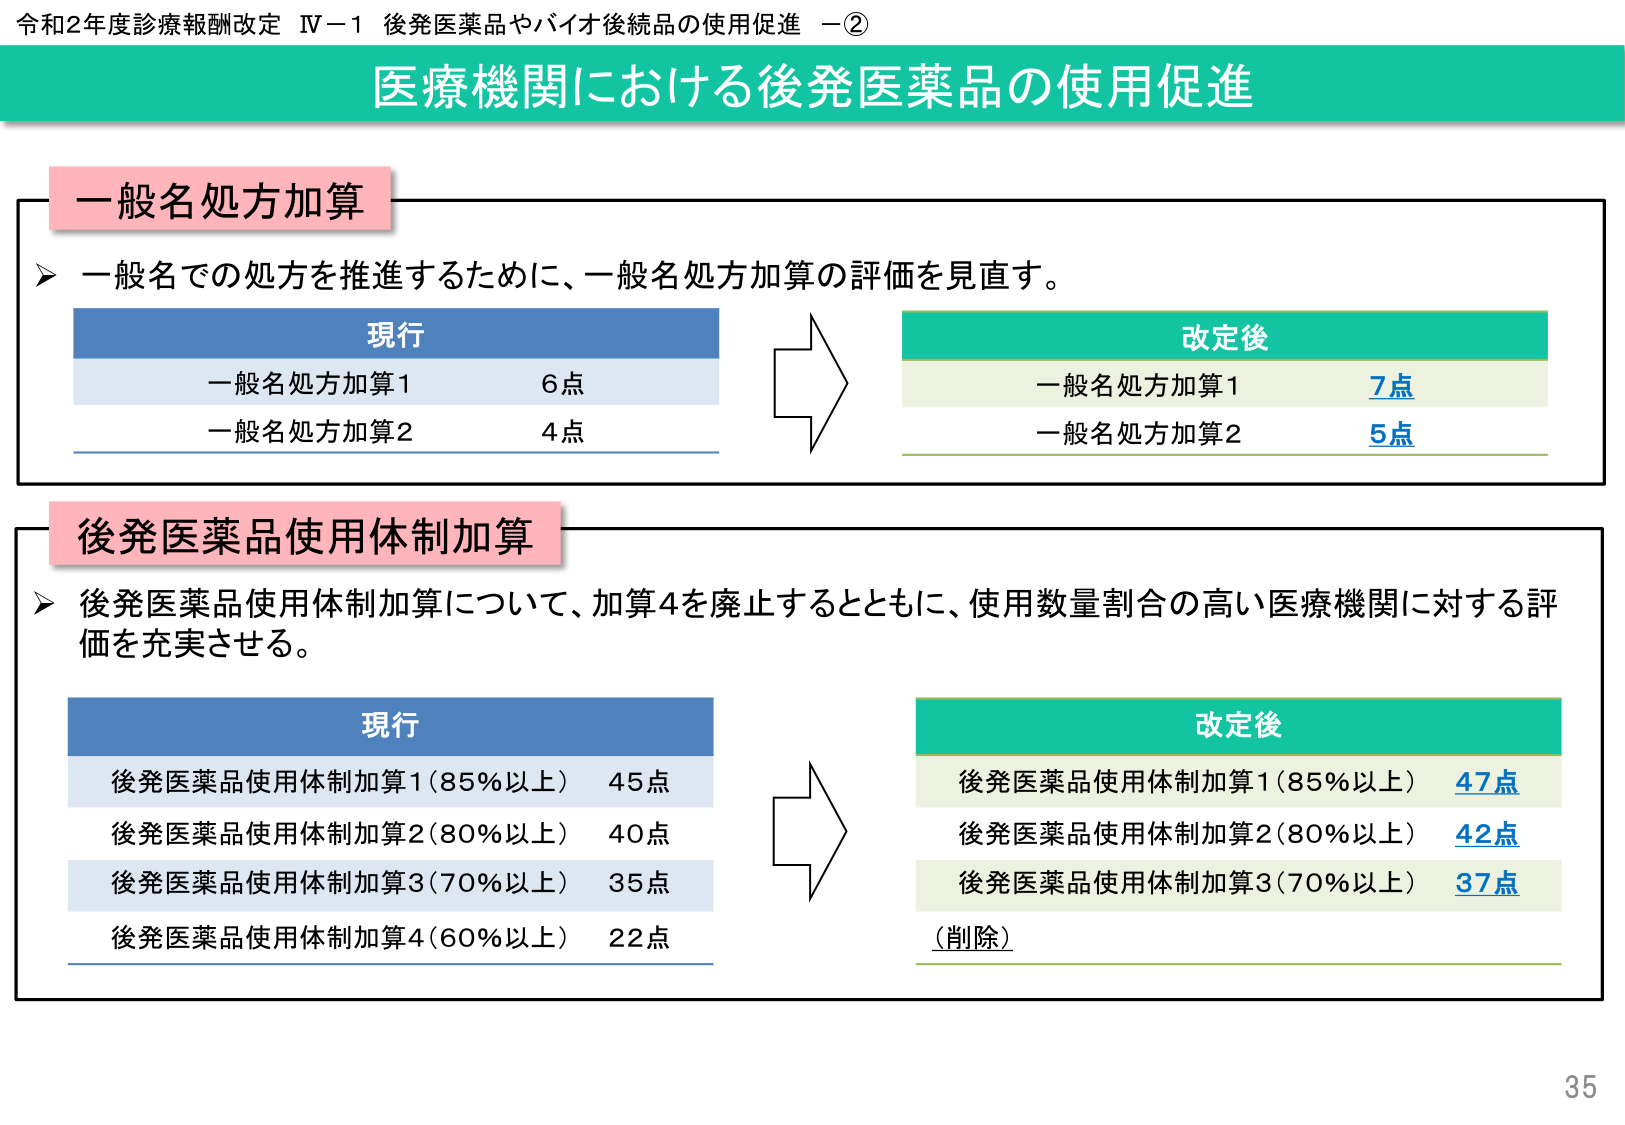
令和2年度診療報酬改定 Ⅳ－1 後発医薬品やバイオ後続品の使用促進 －②
医療機関における後発医薬品の使用促進

一般名処方加算
→ 一般名での処方を推進するために、一般名処方加算の評価を見直す。
現行
　一般名処方加算1　6点
　一般名処方加算2　4点
→
改定後
　一般名処方加算1　7点
　一般名処方加算2　5点

後発医薬品使用体制加算
→ 後発医薬品使用体制加算について、加算4を廃止するとともに、使用数量割合の高い医療機関に対する評価を充実させる。
現行
　後発医薬品使用体制加算1（85％以上）　45点
　後発医薬品使用体制加算2（80％以上）　40点
　後発医薬品使用体制加算3（70％以上）　35点
　後発医薬品使用体制加算4（60％以上）　22点
→
改定後
　後発医薬品使用体制加算1（85％以上）　47点
　後発医薬品使用体制加算2（80％以上）　42点
　後発医薬品使用体制加算3（70％以上）　37点
　（削除）

35